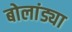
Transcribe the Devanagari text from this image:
बोलांड्या